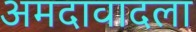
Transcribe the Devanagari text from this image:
अमदावादला